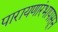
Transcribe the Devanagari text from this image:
पारायणारंभापासून